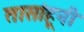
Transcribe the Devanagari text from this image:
तासांहूनी